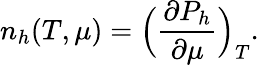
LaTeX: n_{h}(T,\mu)=\Bigl({\frac{\partial P_{h}}{\partial\mu}}\Bigr)_{T}.